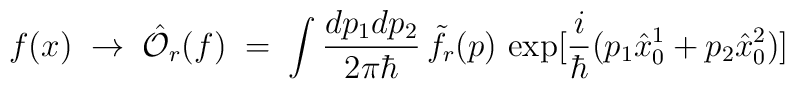
f(x) \;\to \; {\hat {\mathcal O}}_r(f)\;=\; \int \frac{dp_1dp_2}{2\pi \hbar}\,    {\tilde f}_r(p) \, \exp [ \frac{i}{\hbar} (p_1 {\hat x}^1_0 +p_2 {\hat x}^2_0)]